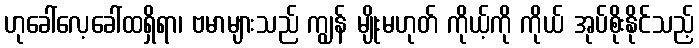
ဟုခေါ်လေ့ခေါ်ထရှိရာ၊ ဗမာများသည် ကျွန် မျိုးမဟုတ် ကိုယ့်ကို ကိုယ် အုပ်စိုးနိုင်သည့်